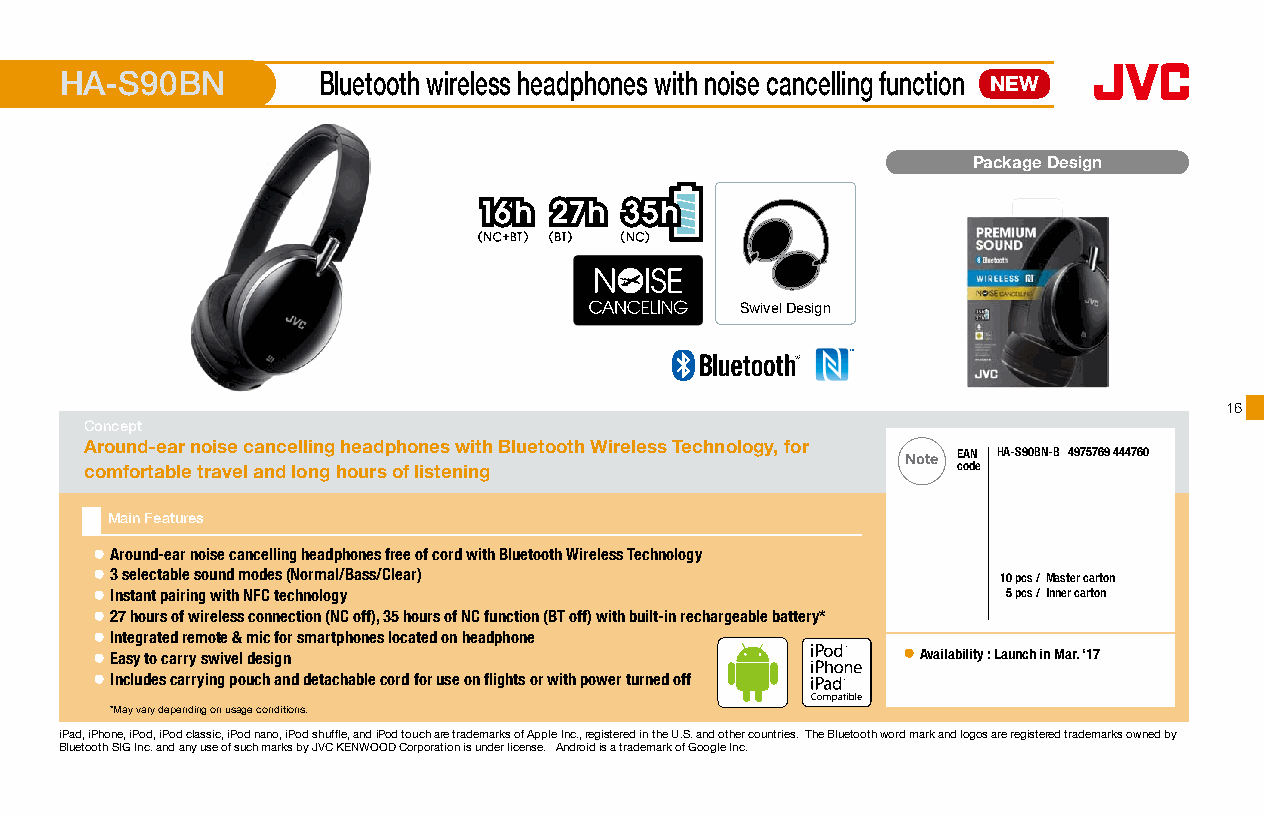
HA-S90BN         Bluetooth wireless headphones with noise cancelling function NEW
 Package Design
 Swivel Design
 16
 Concept
 Around-ear noise cancelling headphones with Bluetooth Wireless Technology, for
 Note EAN HA-S90BN-B 4975769 444760
 comfortable travel and long hours of listening           code
 Main Features
 ● Around-ear noise cancelling headphones free of cord with Bluetooth Wireless Technology
 ● 3 selectable sound modes (Normal/Bass/Clear)              10 pcs /Master carton
 ● Instant pairing with NFC technology                        5 pcs /Inner carton
 ● 27 hours of wireless connection (NC off), 35 hours of NC function (BT off) with built-in rechargeable battery*
 ● Integrated remote & mic for smartphones located on headphone
 ● Easy to carry swivel design                         ● Availability : Launch in Mar. ‘17
 16 x 16mm
 ● Includes carrying pouch and detachable cord for use on flights or with power turned off
 *May vary depending on usage conditions.
 iPad, iPhone, iPod, iPod classic, iPod nano, iPod shuffle, and iPod touch are trademarks of Apple Inc., registered in the U.S. and other countries. The Bluetooth word mark and logos are registered trademarks owned by
 Bluetooth SIG Inc. and any use of such marks by JVC KENWOOD Corporation is under license. Android is a trademark of Google Inc.